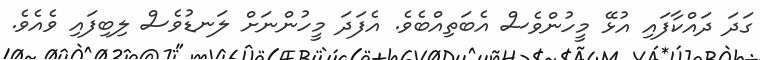
ގަދަ ދައްކާފައި އުޅޭ މީހުންވެސް އެބަތިއްބެެވެ. އެފަދަ މީހުންނަށް ލަނޑުވެސް ލިބިފައި ވެއެވެ.